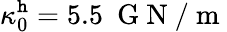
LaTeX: \kappa_{0}^{\mathtt{h}}=5.5~\mathrm{{~G~N~/~m~}}